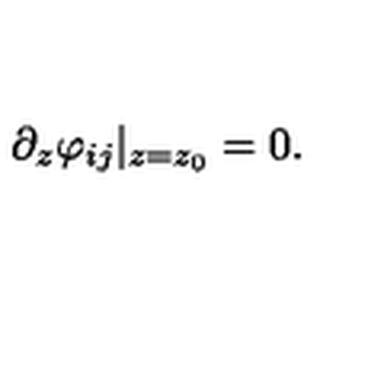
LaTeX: \partial _ { z } \varphi _ { i j } \vert _ { z = z _ { 0 } } = 0 .